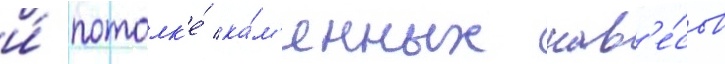
и́ потолк'е́ ка́м'енных нав'е́сов